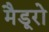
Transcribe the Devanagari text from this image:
मैडूरो